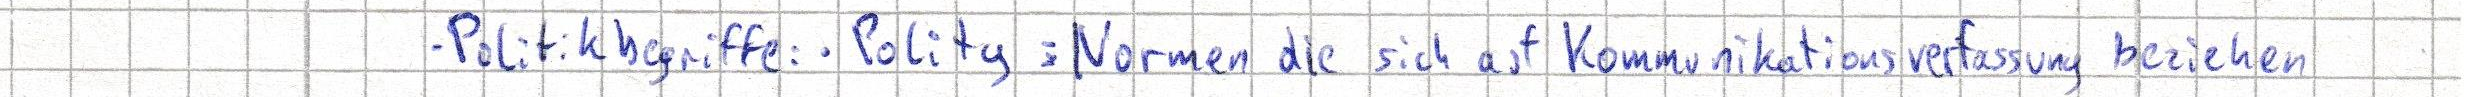
- Politikbegriffe: -Polity: Normen die sich auf Kommunikationsverfassung beziehen